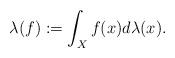
LaTeX: \begin{align*}\lambda(f):=\int_Xf(x)d\lambda(x).\end{align*}